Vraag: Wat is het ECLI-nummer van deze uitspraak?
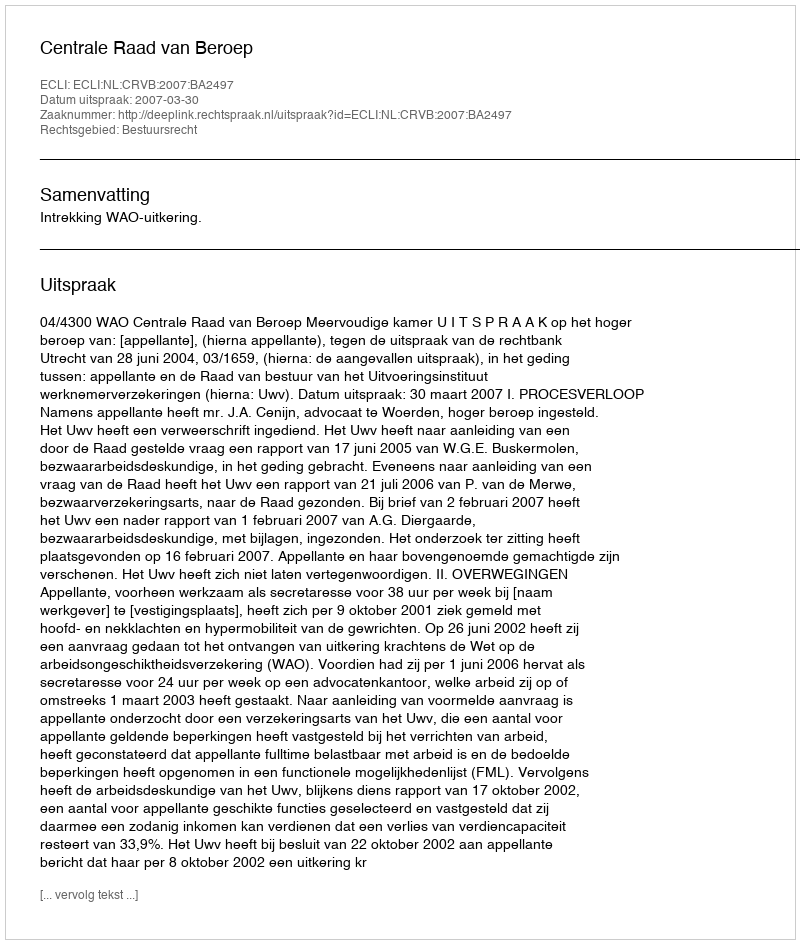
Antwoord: ECLI:NL:CRVB:2007:BA2497